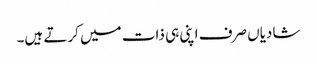
شادیاں صرف اپنی ہی ذات میں کرتے ہیں۔